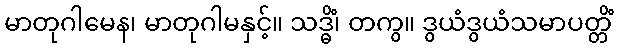
မာတုဂါမေန၊ မာတုဂါမနှင့်။ သဒ္ဓိံ၊ တကွ။ ဒွယံဒွယံသမာပတ္တိံ